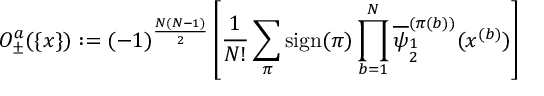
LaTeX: { \cal O } _ { \pm } ^ { a } ( \{ x \} ) : = ( - 1 ) ^ { \frac { N ( N - 1 ) } { 2 } } \left[ \frac { 1 } { N ! } \sum _ { \pi } \mathrm { s i g n } ( \pi ) \prod _ { b = 1 } ^ { N } \overline { { { \psi } } } _ { \stackrel { { \scriptstyle 1 } } { { \scriptstyle 2 } } } ^ { ( \pi ( b ) ) } ( x ^ { ( b ) } ) \right]